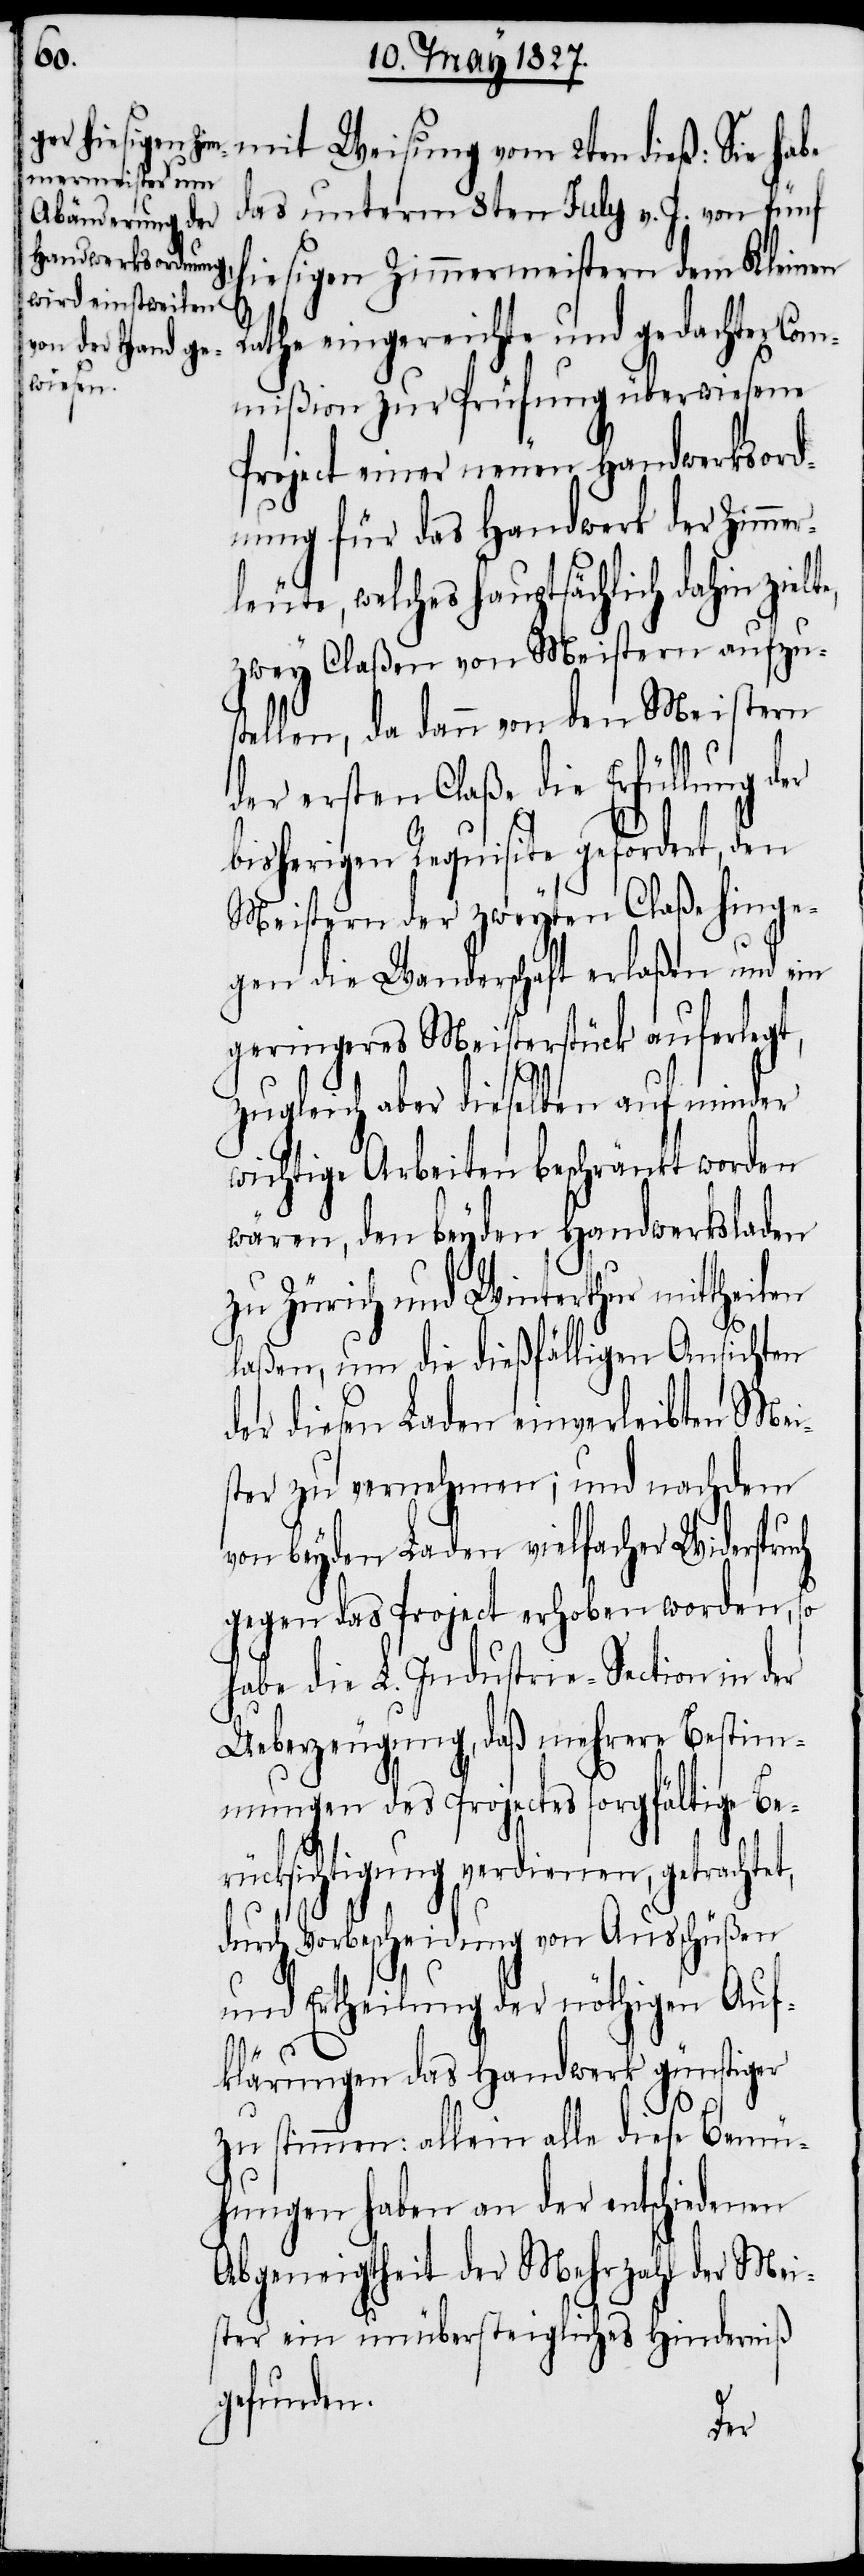
das unterm 8ten July v. J. von fünf
hiesigen Zimmermeistern dem Kleinen
Rathe eingereichte und gedachter Com¬
mißion zur Prüfung überwiesene
Project einer neuen Handwerksord¬
nung für das Handwerk der Zimmer¬
leute, welches hauptsächlich dahin ziel¬
zwey Claßen von Meistern aufzus¬
tellen, da dann von den Meistern
der ersten Claße die Erfüllung der
bisherigen Requisite gefordert, den
Meistern der zweyten Claße hinge¬
gen die Wanderschaft erlaßen und ein
geringeres Meisterstück auferlegt,
zugleich aber dieselben auf minder
wichtige Arbeiten beschränkt worden
wären, den beyden Handwerksladen
zu Zürich und Winterthur mittheilen
laßen, um die dießfälligen Ansichten
der diesen Laden einverleibten Mei¬
ster zu vernehmen; und nachdem
von beyden Laden vielfacher Widerspruch
gegen das Project erhoben worden,
habe die L. Industrie-Section in der
Ueberzeugung, daß mehrere Bestim¬
mungen des Projects sorgfältige Be¬
rücksichtigung verdienen, getrachte¬
durch Vorbescheidung von Ausschüßen
und Ertheilung der nöthigen Auf¬
klärungen das Handwerk günstiger
zu stimmen: allein alle diese Bemü¬
hungen haben an der entschiedenen
Abgeneigtheit der Mehrzahl der Mei¬
ster ein unübersteigliches Hinderniß
gefunden.
te,

t,